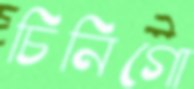
চিনিগো